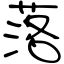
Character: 落